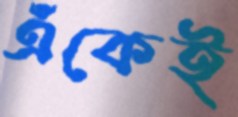
এঁকেই